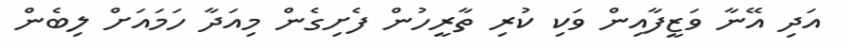
އަދި އޭނާ ވަޒީފާއިން ވަކި ކުރި ތާރީހުން ފެށިގެން މިއަދާ ހަމައަށް ލިބެން